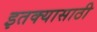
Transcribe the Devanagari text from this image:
इतक्यासाठी